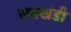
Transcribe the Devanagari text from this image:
सतखंडी